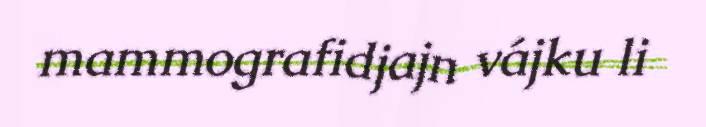
mammografidjajn vájku li